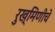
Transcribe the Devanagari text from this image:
रुख्मिणीचे